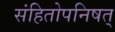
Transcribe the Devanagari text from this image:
संहितोपनिषत्